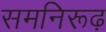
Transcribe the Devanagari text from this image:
समनिरूढ़